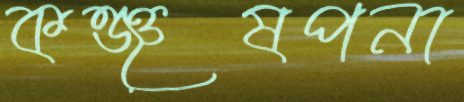
কঞ্জুষপনা